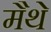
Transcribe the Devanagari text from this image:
मैथे